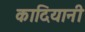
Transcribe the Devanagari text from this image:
कादियानी